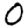
Digit: 0